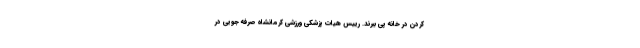
کردن در خانه پی ببرند. رییس هیات پزشکی ورزشی کرمانشاه صرفه جویی در